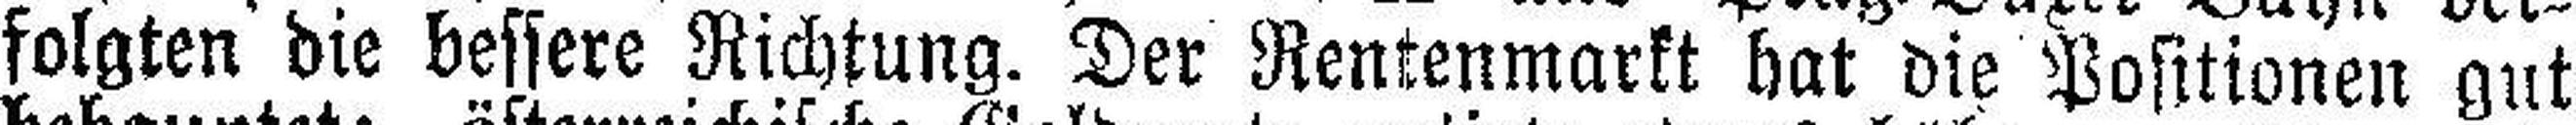
folgten die bessere Richtung. Der Rentenmarkt hat die Positionen gut